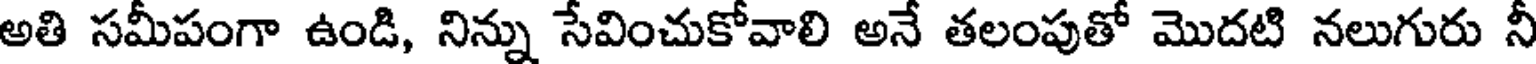
అతి సమీపంగా ఉండి, నిన్ను సేవించుకోవాలి అనే తలంపుతో మొదటి నలుగురు నీ